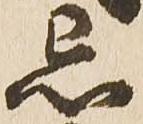
忌